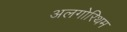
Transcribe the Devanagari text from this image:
अलगोरिथम